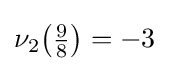
\nu _{2}{\bigl (}{\tfrac {9}{8}}{\bigr )}=-3